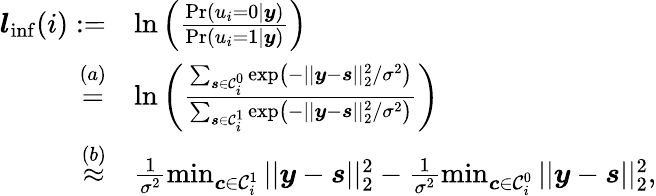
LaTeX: \begin{array}{rl}{\boldsymbol{l}_{\mathrm{inf}}(i):=}&{\ln\left(\frac{\operatorname*{Pr}(u_{i}=0|\boldsymbol{y})}{\operatorname*{Pr}(u_{i}=1|\boldsymbol{y})}\right)}\\ {\stackrel{(a)}{=}}&{\ln\left(\frac{\sum_{\boldsymbol{s}\in\mathcal{C}_{i}^{0}}\exp\left(-||\boldsymbol{y}-\boldsymbol{s}||_{2}^{2}/\sigma^{2}\right)}{\sum_{\boldsymbol{s}\in\mathcal{C}_{i}^{1}}\exp\left(-||\boldsymbol{y}-\boldsymbol{s}||_{2}^{2}/\sigma^{2}\right)}\right)}\\ {\stackrel{(b)}{\approx}}&{\frac{1}{\sigma^{2}}\operatorname*{min}_{\boldsymbol{c}\in\mathcal{C}_{i}^{1}}||\boldsymbol{y}-\boldsymbol{s}||_{2}^{2}-\frac{1}{\sigma^{2}}\operatorname*{min}_{\boldsymbol{c}\in\mathcal{C}_{i}^{0}}||\boldsymbol{y}-\boldsymbol{s}||_{2}^{2},}\end{array}